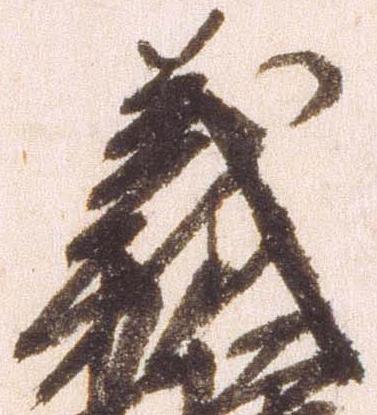
義